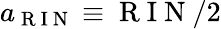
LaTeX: a_{\mathrm{~R~I~N~}}\equiv\mathrm{~R~I~N~}/2